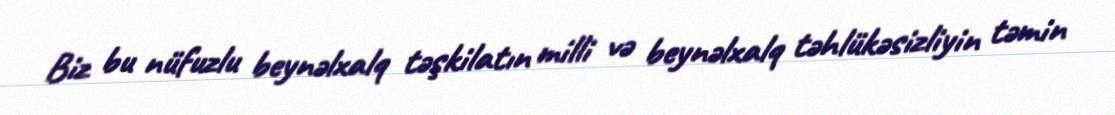
Biz bu nüfuzlu beynəlxalq təşkilatın milli və beynəlxalq təhlükəsizliyin təmin